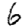
Digit: 6